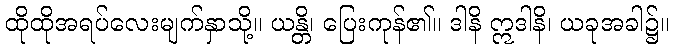
ထိုထိုအရပ်လေးမျက်နှာသို့။ ယန္တိ၊ ပြေးကုန်၏။ ဒါနိ ဣဒါနိ၊ ယခုအခါ၌။